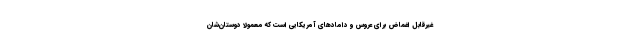
غیرقابل اغماض برای عروس و داماد‌های آمریکایی است که معمولاً دوستان‌شان